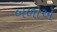
બળોએ